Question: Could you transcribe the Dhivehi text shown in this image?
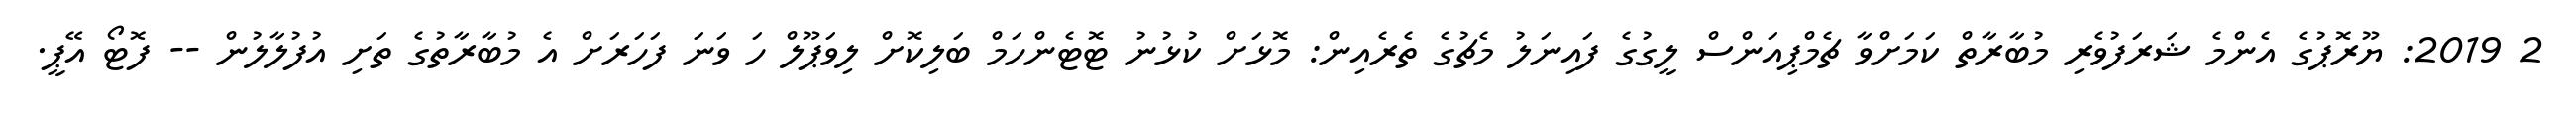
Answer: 2 2019: ޔޫރޮޕުގެ އެންމެ ޝަރަފުވެރި މުބާރާތް ކަމަށްވާ ޗެމްޕިއަންސް ލީގުގެ ފައިނަލު މެޗުގެ ތެރެއިން: މޮޅަށް ކުޅުނު ޓޮޓެންހަމް ބަލިކޮށް ލިވަޕޫލް ހަ ވަނަ ފަހަރަށް އެ މުބާރާތުގެ ތަށި އުފުލާލުން -- ފޮޓޯ އޭޕީ.